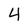
Character: 4